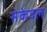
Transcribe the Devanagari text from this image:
सेकेवल